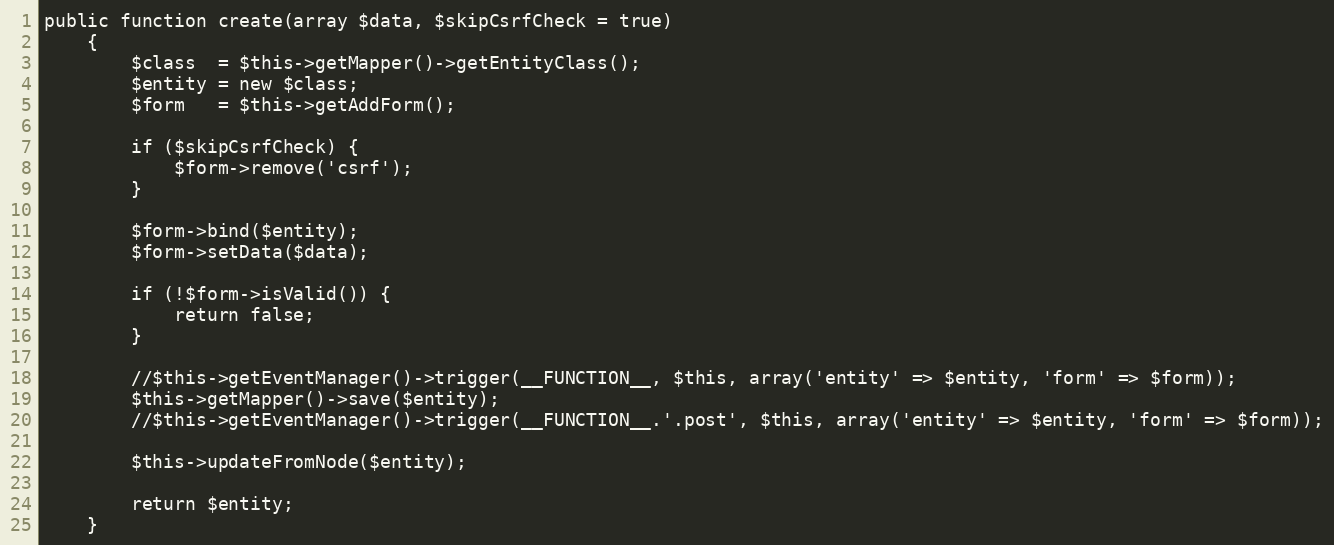
Language: PHP
public function create(array $data, $skipCsrfCheck = true)
    {
        $class  = $this->getMapper()->getEntityClass();
        $entity = new $class;
        $form   = $this->getAddForm();

        if ($skipCsrfCheck) {
            $form->remove('csrf');
        }

        $form->bind($entity);
        $form->setData($data);

        if (!$form->isValid()) {
            return false;
        }

        //$this->getEventManager()->trigger(__FUNCTION__, $this, array('entity' => $entity, 'form' => $form));
        $this->getMapper()->save($entity);
        //$this->getEventManager()->trigger(__FUNCTION__.'.post', $this, array('entity' => $entity, 'form' => $form));

        $this->updateFromNode($entity);

        return $entity;
    }